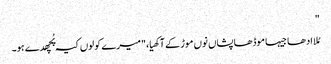
"
مُلا ادھا جیہا موڈھا پشاں نوں موڑ کے آکھیا،"میرے کولوں کیہ پُچھدے ہو۔